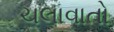
ચલાવાતો